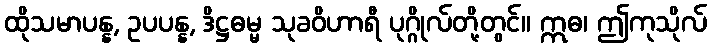
ထိုသမာပန္န, ဥပပန္န, ဒိဋ္ဌဓမ္မ သုခဝိဟာရီ ပုဂ္ဂိုလ်တို့တွင်။ ဣဓ၊ ဤကုသိုလ်